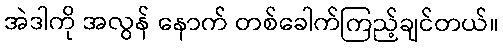
အဲဒါကို အလွန် နောက် တစ်ခေါက်ကြည့်ချင်တယ်။